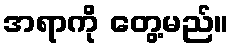
အရာကို တွေ့မည်။